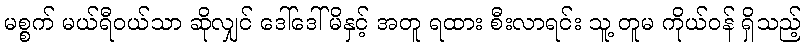
မစ္စက် မယ်ရီဝယ်သာ ဆိုလျှင် ဒေါ်ဒေါ်မိနှင့် အတူ ရထား စီးလာရင်း သူ့ တူမ ကိုယ်ဝန် ရှိသည့်